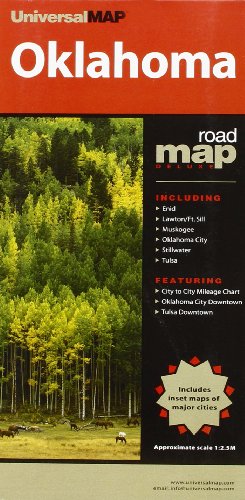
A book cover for Oklahoma State Map; Travel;